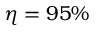
\eta = 9 5 \%